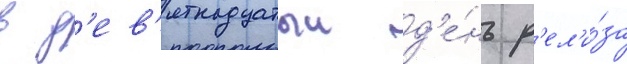
в д'ев'ятнадцатыи д'е́нь р'ел'и́за